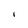
Character: I